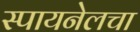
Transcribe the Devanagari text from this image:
स्पायनेलचा